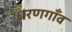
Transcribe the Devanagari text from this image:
धरणगाँव